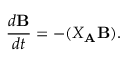
{ \frac { d { \bf B } } { d t } } = - ( X _ { \bf A } { \bf B } ) .